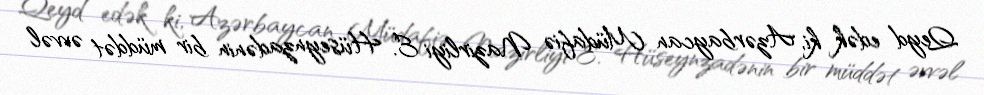
Qeyd edək ki, Azərbaycan Müdafiə Nazirliyi E. Hüseynzadənin bir müddət əvvəl